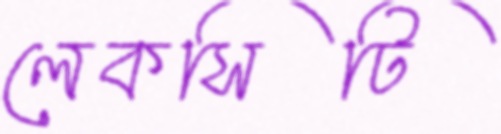
লেকসিটি